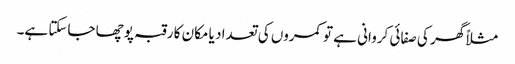
مثلاً گھر کی صفائی کروانی ہے تو کمروں کی تعداد یا مکان کا رقبہ پوچھا جاسکتا ہے۔